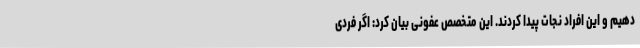
دهیم و این افراد نجات پیدا کردند. این متخصص عفونی بیان کرد: اگر فردی